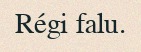
Régi falu.